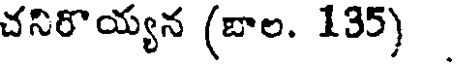
చనిరొయ్యన (బాల. 135)